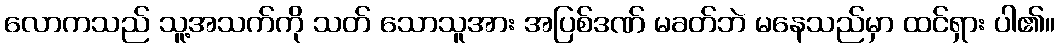
လောကသည် သူ့အသက်ကို သတ် သောသူအား အပြစ်ဒဏ် မခတ်ဘဲ မနေသည်မှာ ထင်ရှား ပါ၏။